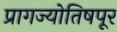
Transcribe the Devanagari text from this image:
प्रागज्योतिषपूर